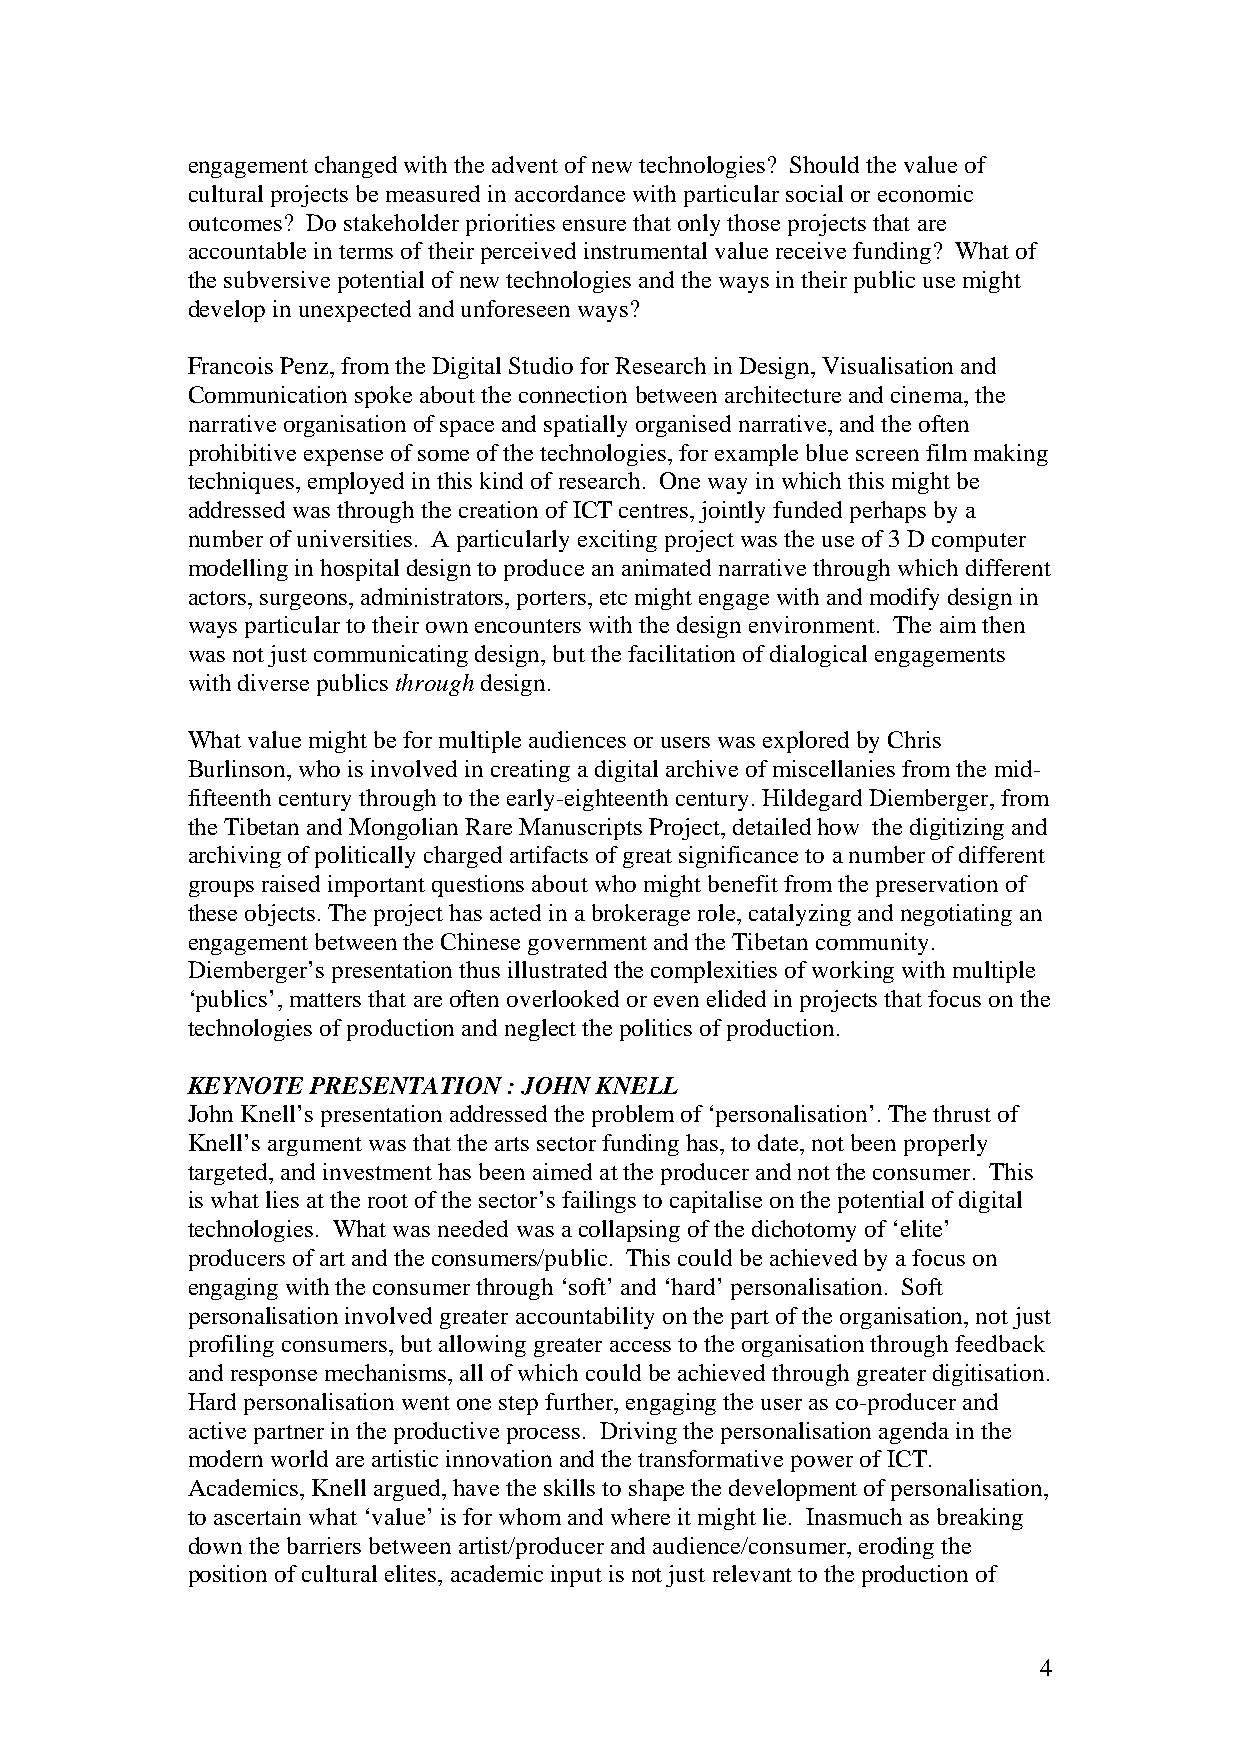
engagement changed with the advent of new technologies? Should the value of
 cultural projects be measured in accordance with particular social or economic
 outcomes? Do stakeholder priorities ensure that only those projects that are
 accountable in terms of their perceived instrumental value receive funding? What of
 the subversive potential of new technologies and the ways in their public use might
 develop in unexpected and unforeseen ways?
 Francois Penz, from the Digital Studio for Research in Design, Visualisation and
 Communication spoke about the connection between architecture and cinema, the
 narrative organisation of space and spatially organised narrative, and the often
 prohibitive expense of some of the technologies, for example blue screen film making
 techniques, employed in this kind of research. One way in which this might be
 addressed was through the creation of ICT centres, jointly funded perhaps by a
 number of universities. A particularly exciting project was the use of 3 D computer
 modelling in hospital design to produce an animated narrative through which different
 actors, surgeons, administrators, porters, etc might engage with and modify design in
 ways particular to their own encounters with the design environment. The aim then
 was not just communicating design, but the facilitation of dialogical engagements
 with diverse publics through design.
 What value might be for multiple audiences or users was explored by Chris
 Burlinson, who is involved in creating a digital archive of miscellanies from the mid-
 fifteenth century through to the early-eighteenth century. Hildegard Diemberger, from
 the Tibetan and Mongolian Rare Manuscripts Project, detailed how the digitizing and
 archiving of politically charged artifacts of great significance to a number of different
 groups raised important questions about who might benefit from the preservation of
 these objects. The project has acted in a brokerage role, catalyzing and negotiating an
 engagement between the Chinese government and the Tibetan community.
 Diemberger’s presentation thus illustrated the complexities of working with multiple
 ‘publics’, matters that are often overlooked or even elided in projects that focus on the
 technologies of production and neglect the politics of production.
 KEYNOTE  PRESENTATION : JOHN KNELL
 John Knell’s presentation addressed the problem of ‘personalisation’. The thrust of
 Knell’s argument was that the arts sector funding has, to date, not been properly
 targeted, and investment has been aimed at the producer and not the consumer. This
 is what lies at the root of the sector’s failings to capitalise on the potential of digital
 technologies. What was needed was a collapsing of the dichotomy of ‘elite’
 producers of art and the consumers/public. This could be achieved by a focus on
 engaging with the consumer through ‘soft’ and ‘hard’ personalisation. Soft
 personalisation involved greater accountability on the part of the organisation, not just
 profiling consumers, but allowing greater access to the organisation through feedback
 and response mechanisms, all of which could be achieved through greater digitisation.
 Hard personalisation went one step further, engaging the user as co-producer and
 active partner in the productive process. Driving the personalisation agenda in the
 modern world are artistic innovation and the transformative power of ICT.
 Academics, Knell argued, have the skills to shape the development of personalisation,
 to ascertain what ‘value’ is for whom and where it might lie. Inasmuch as breaking
 down the barriers between artist/producer and audience/consumer, eroding the
 position of cultural elites, academic input is not just relevant to the production of
 4